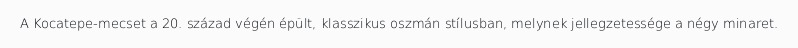
A Kocatepe-mecset a 20. század végén épült, klasszikus oszmán stílusban, melynek jellegzetessége a négy minaret.